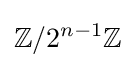
\mathbb {Z} /2^{n-1}\mathbb {Z}